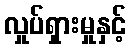
လှုပ်ရှားမှုနှင့်